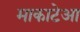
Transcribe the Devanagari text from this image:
माकाटेआ